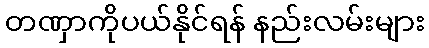
တဏှာကိုပယ်နိုင်ရန် နည်းလမ်းများ